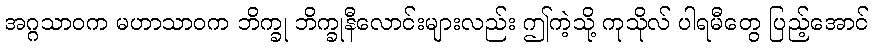
အဂ္ဂသာဝက မဟာသာဝက ဘိက္ခု ဘိက္ခုနီလောင်းများလည်း ဤကဲ့သို့ ကုသိုလ် ပါရမီတွေ ပြည့်အောင်